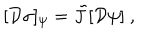
[ { \cal D } \sigma ] _ { \psi } = \tilde { J } [ { \cal D } \psi ] \ ,